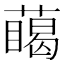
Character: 𮑥